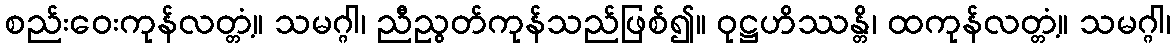
စည်းဝေးကုန်လတ္တံ့။ သမဂ္ဂါ၊ ညီညွတ်ကုန်သည်ဖြစ်၍။ ဝုဋ္ဌဟိဿန္တိ၊ ထကုန်လတ္တံ့။ သမဂ္ဂါ၊